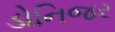
ડોનિજર